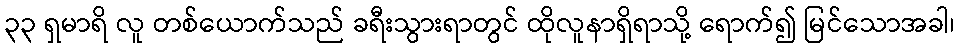
၃၃ ရှမာရိ လူ တစ်ယောက်သည် ခရီးသွားရာတွင် ထိုလူနာရှိရာသို့ ရောက်၍ မြင်သောအခါ၊